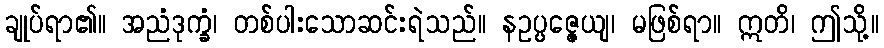
ချုပ်ရာ၏။ အညံဒုက္ခံ၊ တစ်ပါးသောဆင်းရဲသည်။ နဥပ္ပဇ္ဇေယျ၊ မဖြစ်ရာ။ ဣတိ၊ ဤသို့။